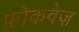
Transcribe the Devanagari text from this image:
फ़ोकवेज़